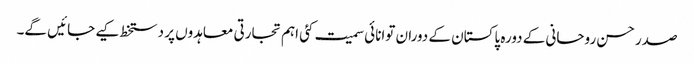
صدر حسن روحانی کے دورہ پاکستان کے دوران توانائی سمیت کئی اہم تجارتی معاہدوں پر دستخط کیے جائیں گے۔